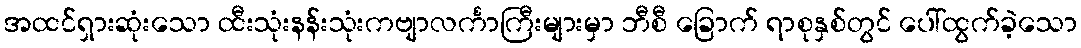
အထင်ရှားဆုံးသော ထီးသုံးနန်းသုံးကဗျာလင်္ကာကြီးများမှာ ဘီစီ ခြောက် ရာစုနှစ်တွင် ပေါ်ထွက်ခဲ့သော